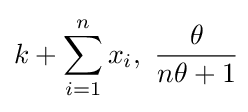
k+\sum _{i=1}^{n}x_{i},\ {\frac {\theta }{n\theta +1}}\!